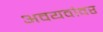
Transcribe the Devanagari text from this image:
अवयवांवर